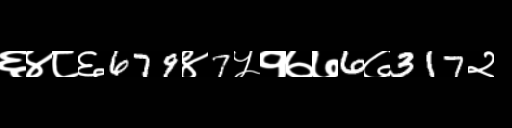
Text: ६४८६679४7५१७७6७317२